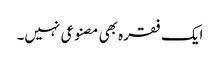
ایک فقرہ بھی مصنوعی نہیں۔